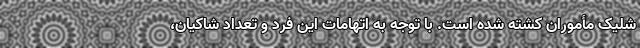
شلیک مأموران کشته شده است. با توجه به اتهامات این فرد و تعداد شاکیان،